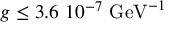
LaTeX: g \leq 3 . 6 \ 1 0 ^ { - 7 } \ \mathrm { G e V } ^ { - 1 }